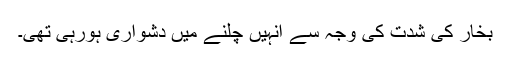
بخار کی شدّت کی وجہ سے انہیں چلنے میں دشواری ہورہی تھی۔